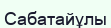
Сабатайұлы